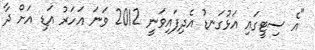
"އެ ސިޓީގައި އަޅުގަނޑު އެދިފައިވަނީ 2012 ވަނަ އަހަރު އަޑި އަށް ދާ